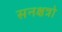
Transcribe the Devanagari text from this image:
सनक्षत्रो